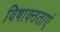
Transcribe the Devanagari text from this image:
विषाक्तताएं